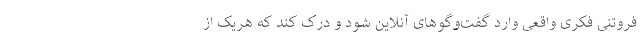
فروتنی فکری واقعی وارد گفت‌وگوهای آنلاین شود و درک کند که هریک از